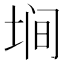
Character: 𱖲